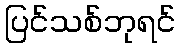
ပြင်သစ်ဘုရင်